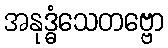
အနုဒ္ဓံသေတဗ္ဗော